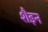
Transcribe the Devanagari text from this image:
शैइन